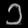
Digit: ၁